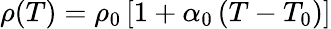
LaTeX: \operatorname{\rho}(T)=\rho_{0}\left[1+\alpha_{0}\left(T-T_{0}\right)\right]